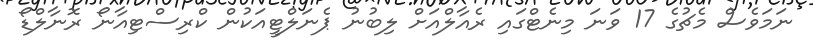
ނަމަވެސް މެޗުގެ 17 ވަނަ މިނެޓްގައި ރެއާލްއަށް ލިބުނު ޕެނަލްޓީއަކުން ކްރިސްޓިއާނޯ ރޮނާލްޑޯ